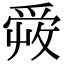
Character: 𤔠